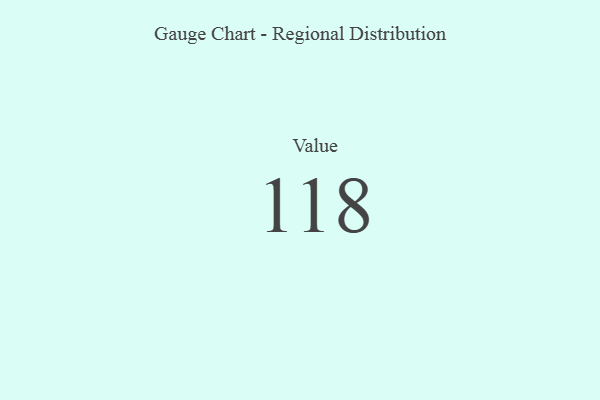
{"axis": {"x": "Metric", "y": "Value"}, "legend": [""], "data": [{"x": "Value", "y": 118, "type": ""}]}